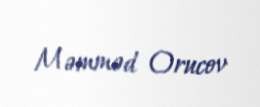
Məmməd Orucov